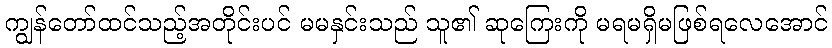
ကျွန်တော်ထင်သည့်အတိုင်းပင် မမနှင်းသည် သူ၏ ဆုကြေးကို မရမရှိမဖြစ်ရလေအောင်